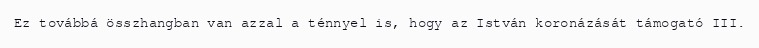
Ez továbbá összhangban van azzal a ténnyel is, hogy az István koronázását támogató III.